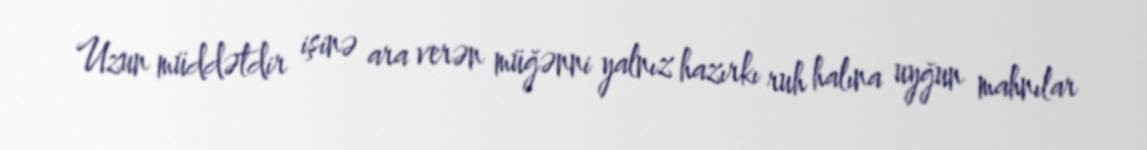
Uzun müddətdir işinə ara verən müğənni yalnız hazırkı ruh halına uyğun mahnılar